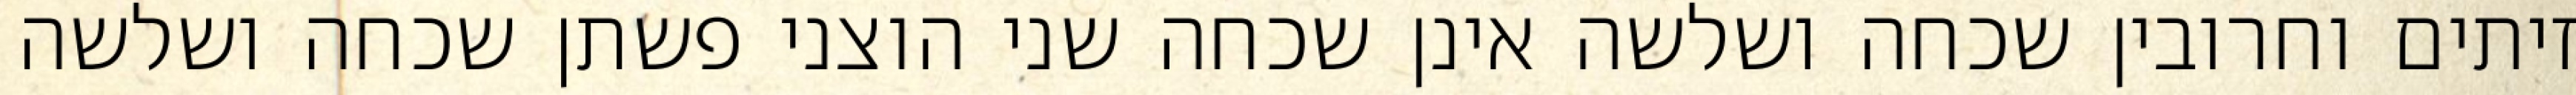
זיתים וחרובין שכחה ושלשה אינן שכחה שני הוצני פשתן שכחה ושלשה